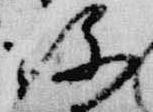
珍